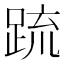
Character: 䟽